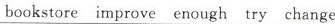
bookstore improve enough try change